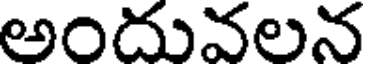
అందువలన